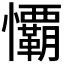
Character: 𭟧